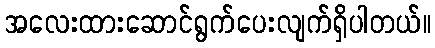
အလေးထားဆောင်ရွက်ပေးလျက်ရှိပါတယ်။